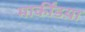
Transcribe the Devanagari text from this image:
मार्कींडय़ा